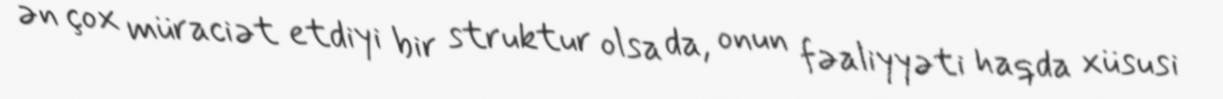
ən çox müraciət etdiyi bir struktur olsa da, onun fəaliyyəti haqda xüsusi